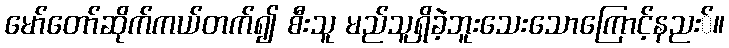
မော်တော်ဆိုက်ကယ်တက်၍ စီးသူ မည်သူရှိခဲ့ဘူးသေးသောကြောင့်နညး်။